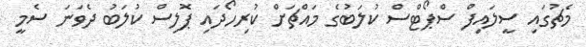
މެޗުގައި ސީލައިފް ސްޕޯޓްސް ކުލަބުގެ މައްޗަށް ކުރިހޯދައި ޕޮލިސް ކުލަބު ދެވަނަ ސެމީ